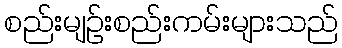
စည်းမျဉ်းစည်းကမ်းများသည်